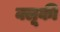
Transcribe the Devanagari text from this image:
क्लूकी